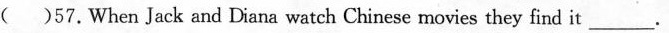
( )57.When Jack and Diana watch Chinese movies they find it ___.